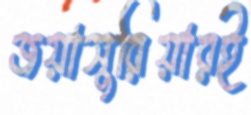
জয়াসুরিয়ারই